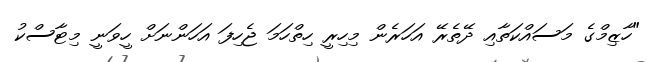
"ހާޒިމްގެ މަސައްކަތާއި ދޭތެރޭ އަހަރެން މިހިރީ ހިތްހަމަ ޖެހިފަ އަހަންނަށް ހީވަނީ މިޓާސްކު